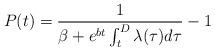
LaTeX: \begin{align*}P(t) = \frac{1}{\beta + e^{bt}\int_t^D \lambda(\tau)d\tau} - 1\end{align*}